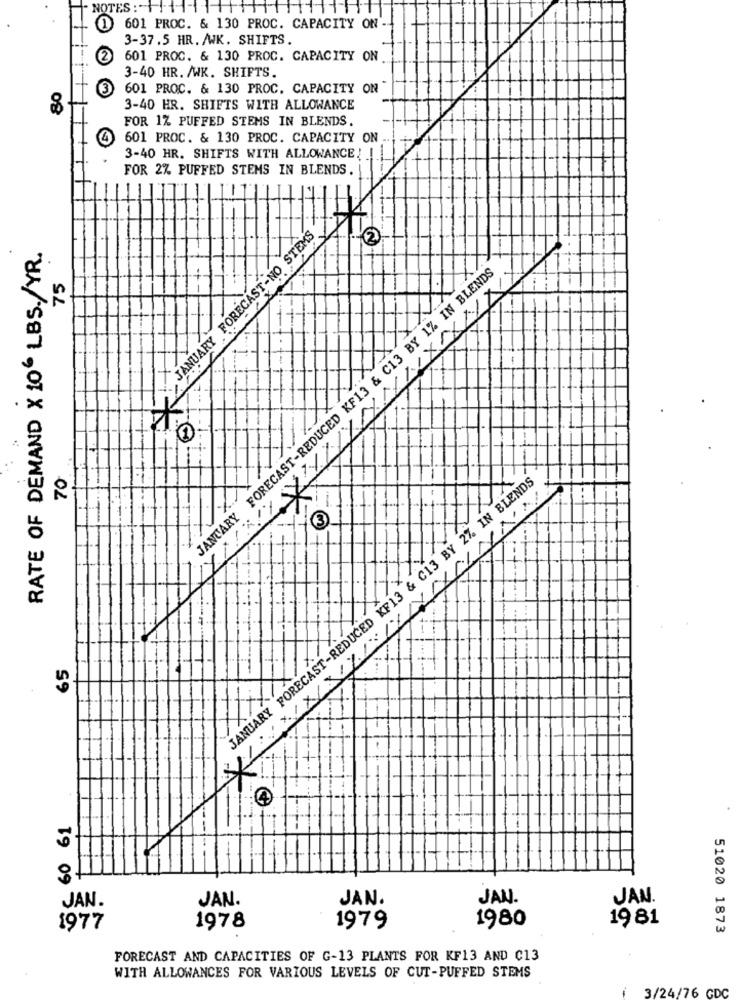
601 PROC. & 130 PROC. CAPACITY ON
3-37.5 HR. /WK. SHIFTS.
601 PROC. & 130 PROC. CAPACITY ON
3-40 HR. /WK. SHIFTS.
80
(3
601 PROC. & 130 PROC. CAPACITY ON
3-40 HR. SHIFTS WITH ALLOWANCE
FOR 1% PUFFED STEMS IN BLENDS.
601 PROC. & 130 PROC. CAPACITY ON
3-40 HR. SHIFTS WITH ALLOWANCE !
FOR 2% PUFFED STEMS IN BLENDS.
JANUARY FORECAST-NO STEMS
RATE OF DEMAND X 106 LBS./YR.
JANUARY FORECAST-REDUCED KF13 & C13 BY 1% IN BLENDS
75
IXX/XX
70
JANUARY FORECAST-REDUCED KF13 & C13 BY 2% IN BLENDS
-
3
-1
XXXXL
65
60 61
JAN.
JAN.
JAN.
JAN.
JAN.
1980
19 81
1977
1978
1979
51020 1873
FORECAST AND CAPACITIES OF G-13 PLANTS FOR KF13 AND C13
WITH ALLOWANCES FOR VARIOUS LEVELS OF CUT-PUFFED STEMS
3/24/76 CDC